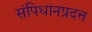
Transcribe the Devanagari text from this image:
संपिधानप्रदत्त